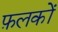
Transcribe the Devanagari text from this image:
फ़लकों